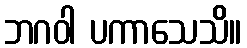
ဘဂဝါ ပကာသေသိ။